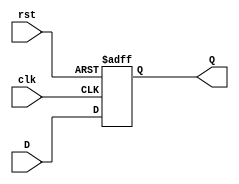
module FeedbackRegister #(
    parameter WIDTH = 8  // Parameter for the width of the register
)(
    input wire clk,       // Clock input
    input wire rst,       // Reset input
    input wire [WIDTH-1:0] D, // Data input
    output reg [WIDTH-1:0] Q  // Data output
);

// Always block triggered on the clock edge
always @(posedge clk or posedge rst) begin
    if (rst) begin
        // Asynchronous reset
        Q <= {WIDTH{1'b0}};  // Set Q to 0
    end else begin
        // Capture the value from D on clock edge
        Q <= D;  // Update the output with data input
    end
end

endmodule